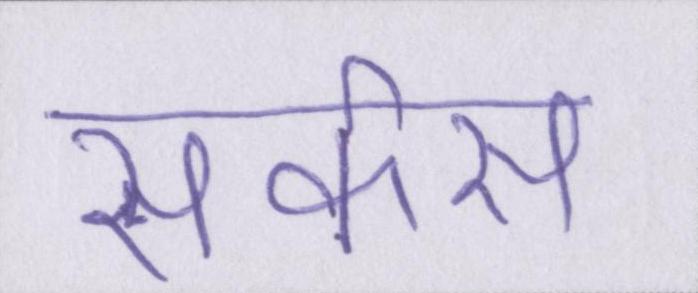
सर्कस